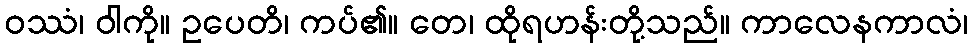
ဝဿံ၊ ဝါကို။ ဥပေတိ၊ ကပ်၏။ တေ၊ ထိုရဟန်းတို့သည်။ ကာလေနကာလံ၊